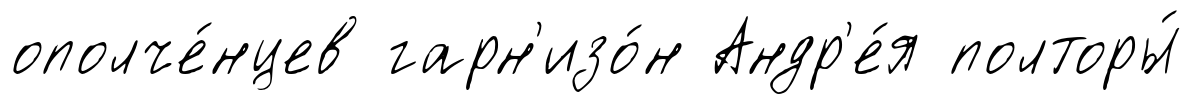
ополче́нцев гарн'изо́н Андр'е́я полторы́